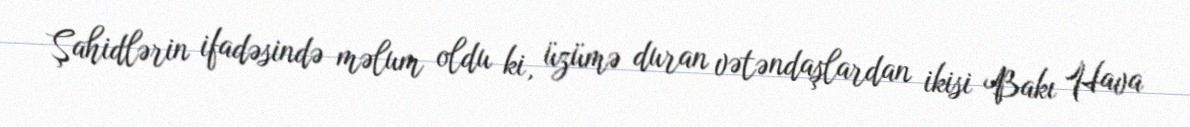
Şahidlərin ifadəsində məlum oldu ki, üzümə duran vətəndaşlardan ikisi Bakı Hava